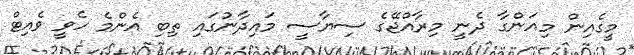
މީގެއިން މިއަންގާ ދެނީ މިރާއްޖޭގެ ސިޔާސީ މައިދާނުގައި ތިބި އެންމެ ހެވީ ވެއިޓް